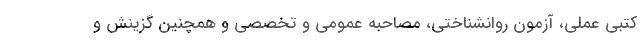
کتبی عملی، آزمون روانشناختی، مصاحبه عمومی و تخصصی و همچنین گزینش و